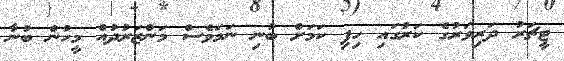
ޓީޗަރު ދަރިވަރުގެ ކަރުގައި ހިފި ކަމަށް ބުނި ނަމަވެސް މަންޒަރުދުއް މީހުން ބުނާ